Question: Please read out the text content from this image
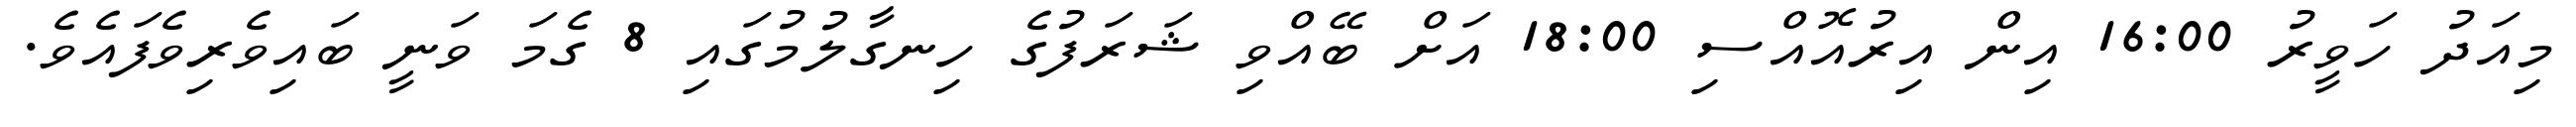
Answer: މިއަދު ހަވީރު 16:00 އިން އިރުއޮއްސި 18:00 އަށް ބޭއްވި ޝަރަފުގެ ހިނގާލުމުގައި 8 ގެމަ ވަނީ ބައިވެރިވެފައެވެ.